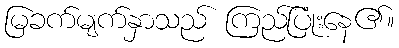
မြခက်မျက်နှာသည် ကြည်ပြုံးနေ၏။